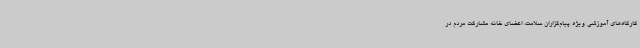
کارگاه‌های آموزشی ویژه پیام‌گزاران سلامت، اعضای خانه مشارکت مردم در